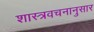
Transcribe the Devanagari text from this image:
शास्त्रवचनानुसार